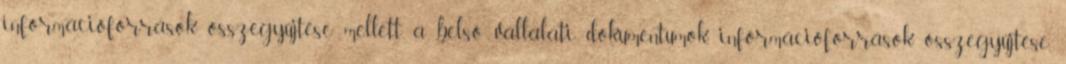
információforrások összegyűjtése mellett a belső vállalati dokumentumok, információforrások összegyűjtése.